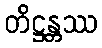
တိဋ္ဌန္တဿ